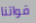
قواتنا